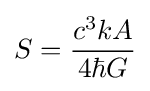
S={\frac {c^{3}kA}{4\hbar G}}